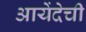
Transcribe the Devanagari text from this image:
आयेंदेची